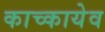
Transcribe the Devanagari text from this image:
काच्कायेव